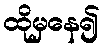
ထိုမှနေ၍